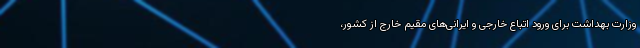
وزارت بهداشت برای ورود اتباع خارجی و ایرانی‌های مقیم خارج از کشور،